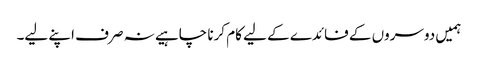
ہمیں دوسروں کے فائدے کے لیے کام کرنا چاہیے نہ صرف اپنے لیے۔